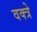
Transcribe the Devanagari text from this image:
वक्त्रे